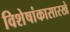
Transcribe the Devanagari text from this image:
विशेषांकासारखे